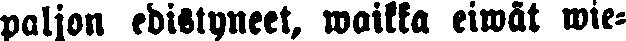
paljon edistyneet, waikka eiwät wie-